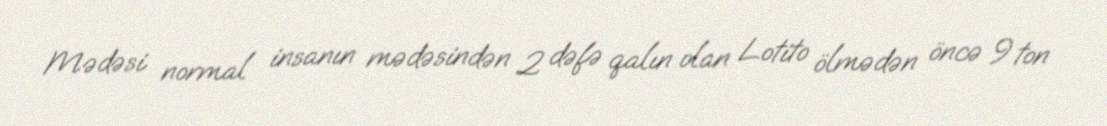
Mədəsi normal insanın mədəsindən 2 dəfə qalın olan Lotito ölmədən öncə 9 ton